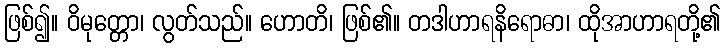
ဖြစ်၍။ ဝိမုတ္တော၊ လွတ်သည်။ ဟောတိ၊ ဖြစ်၏။ တဒါဟာရနိရောဓာ၊ ထိုအာဟာရတို့၏